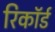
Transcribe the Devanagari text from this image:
रिकाॅर्ड